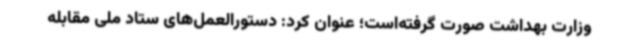
وزارت بهداشت صورت گرفته‌است؛ عنوان کرد: دستورالعمل‌های ستاد ملی مقابله